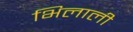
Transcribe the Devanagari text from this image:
भिलाली